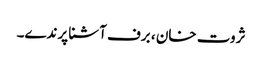
ثروت خان ، برف آشنا پرندے۔